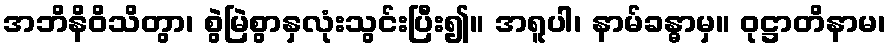
အဘိနိဝိသိတွာ၊ စွဲမြဲစွာနှလုံးသွင်းပြီး၍။ အရူပါ၊ နာမ်ခန္ဓာမှ။ ဝုဋ္ဌာတိနာမ၊